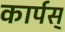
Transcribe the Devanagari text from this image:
कार्पस्